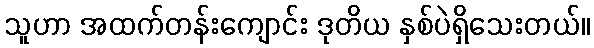
သူဟာ အထက်တန်းကျောင်း ဒုတိယ နှစ်ပဲရှိသေးတယ်။